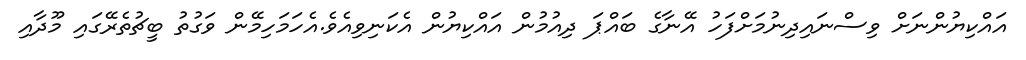
އައްކިޔުންނަށް ވިސްނައިދިނުމަށްފަހު އޭނާގެ ބައްޕަ ދިއުމުން އައްކިޔުން އެކަނިވިއެވެ.އެހަމަހިމޭން ވަގުތު ބީޗުތެރޭގައި މޫދާއި